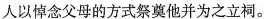
人以悼念父母的方式祭奠他并为之立祠。